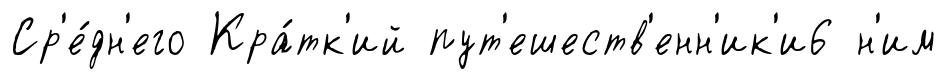
Ср'е́дн'его Кра́тк'ий пут'ешеств'енн'ик'и6 н'им